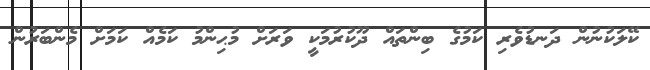
ކޭލަކުނުން ދަނޑުވެރި ކަމުގެ ބިންތައް ދޫކުރުމަކީ ވަރަށް މުޙިންމު ކަމެއް ކަމަށް މެންބަރުން